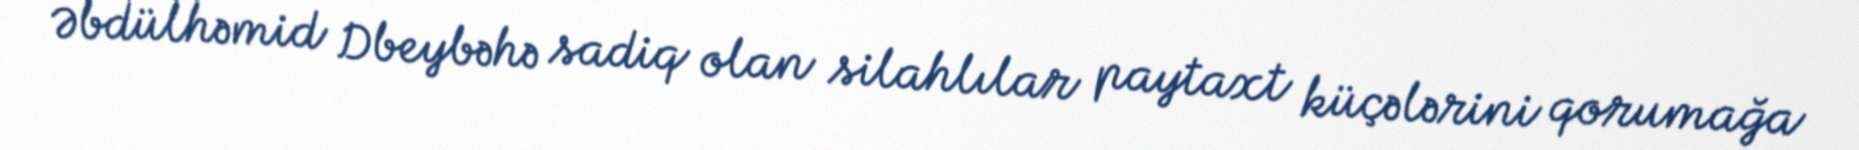
Əbdülhəmid Dbeybəhə sadiq olan silahlılar paytaxt küçələrini qorumağa